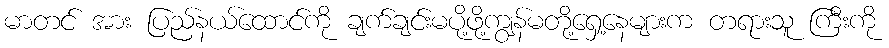
မာတင် အား ပြည်နယ်ထောင်ကို ချက်ချင်းမပို့ဖို့ကျွန်မတို့ရှေ့နေများက တရားသူ ကြီးကို